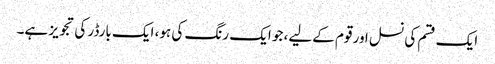
ایک قسم کی نسل اور قوم کےلیے، جو ایک رنگ کی ہو، ایک بارڈر کی تجویز ہے۔